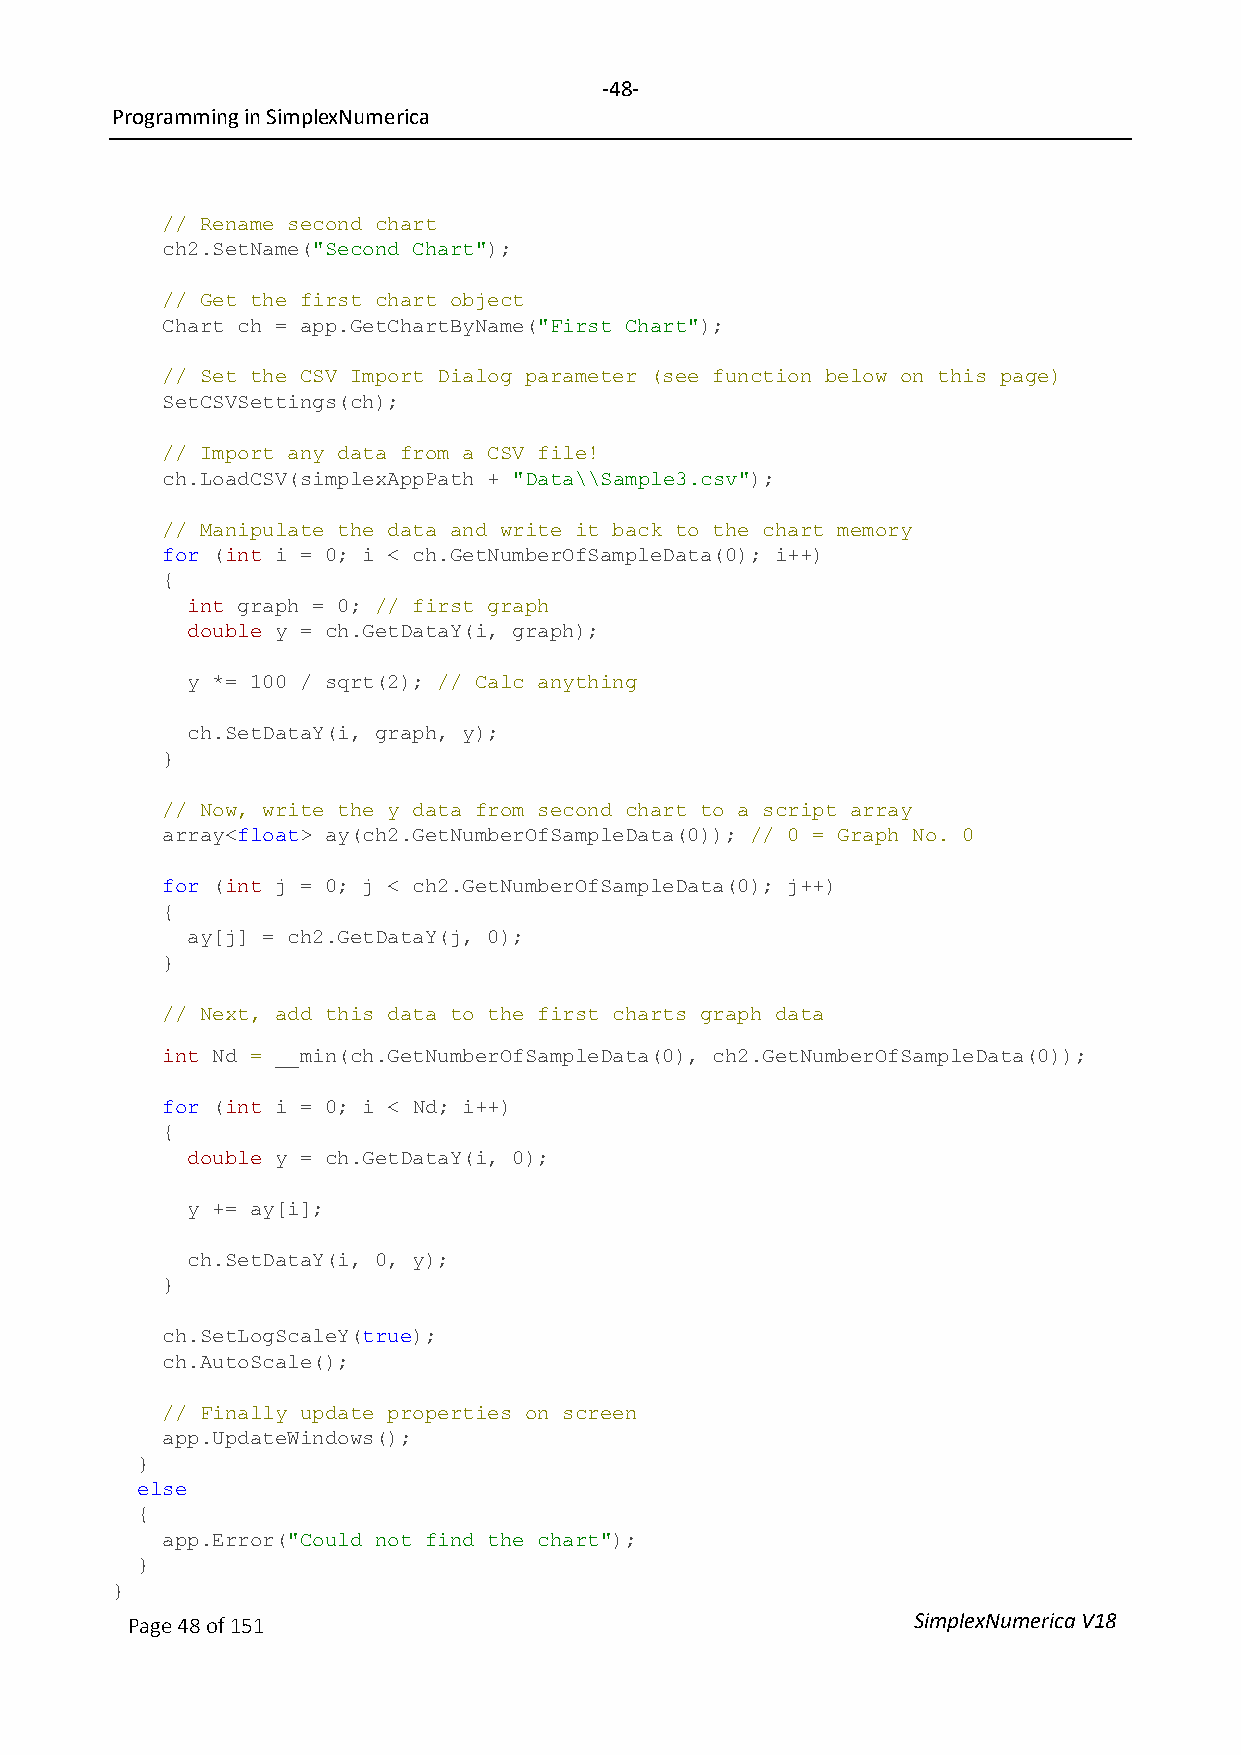
-48-
 Programming in SimplexNumerica
 // Rename second chart
 ch2.SetName("Second Chart");
 // Get the first chart object
 Chart ch = app.GetChartByName("First Chart");
 // Set the CSV Import Dialog parameter (see function below on this page)
 SetCSVSettings(ch);
 // Import any data from a CSV file!
 ch.LoadCSV(simplexAppPath + "Data\\Sample3.csv");
 // Manipulate the data and write it back to the chart memory
 for (int i = 0; i < ch.GetNumberOfSampleData(0); i++)
 {
 int graph = 0; // first graph
 double y = ch.GetDataY(i, graph);
 y *= 100 / sqrt(2); // Calc anything
 ch.SetDataY(i, graph, y);
 }
 // Now, write the y data from second chart to a script array
 array<float> ay(ch2.GetNumberOfSampleData(0)); // 0 = Graph No. 0
 for (int j = 0; j < ch2.GetNumberOfSampleData(0); j++)
 {
 ay[j] = ch2.GetDataY(j, 0);
 }
 // Next, add this data to the first charts graph data
 int Nd = __min(ch.GetNumberOfSampleData(0), ch2.GetNumberOfSampleData(0));
 for (int i = 0; i < Nd; i++)
 {
 double y = ch.GetDataY(i, 0);
 y += ay[i];
 ch.SetDataY(i, 0, y);
 }
 ch.SetLogScaleY(true);
 ch.AutoScale();
 // Finally update properties on screen
 app.UpdateWindows();
 }
 else
 {
 app.Error("Could not find the chart");
 }
 }
 Page 48 of 151                                      SimplexNumerica V18